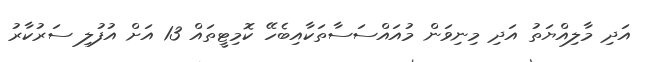
އަދި މާލިއްޔަތު އަދި މިނިވަން މުއައްސަސާތަކާއިބެހޭ ކޮމިޓީތައް 13 އަށް އުފުލި ސަރުކާރު